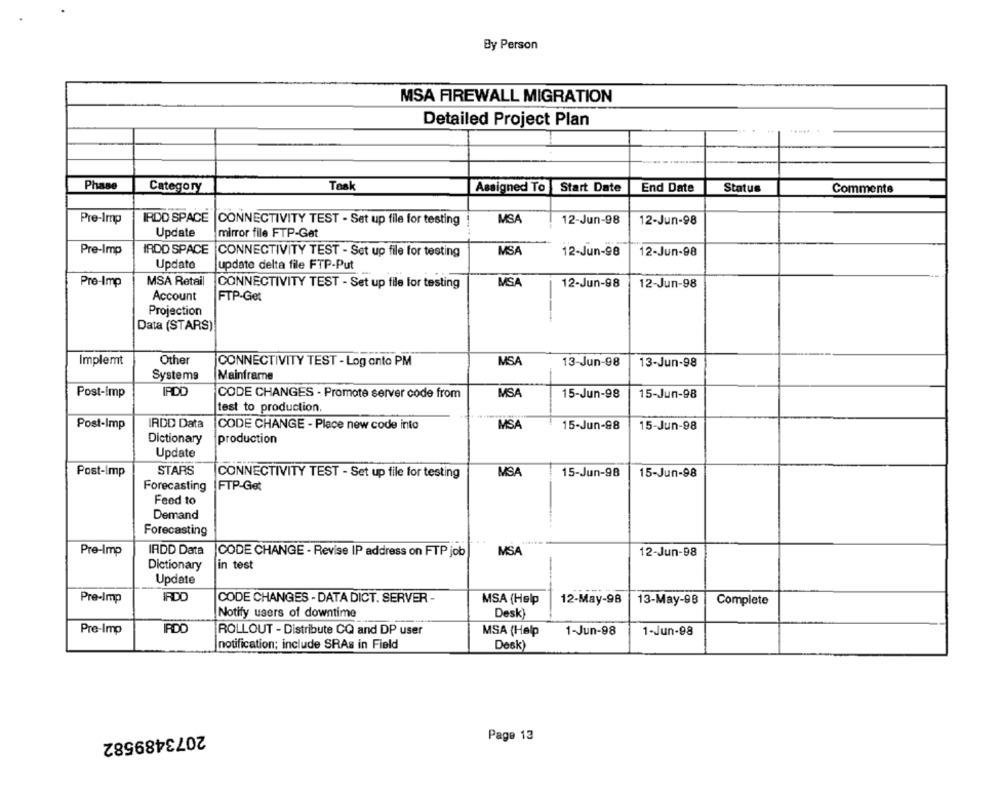
By Person
MSA FIREWALL MIGRATION
Detailed Project Plan
Phase
Category
Task
Assigned To Start Date
End Date
Status
Comments
Pre-Imp
IRDD SPACE CONNECTIVITY TEST - Set up file for testing
MSA
12-Jun-98
12-Jun-98
Update
mirror file FTP-Get
Pre-Imp
IRDD SPACE
CONNECTIVITY TEST - Set up file for testing
MSA
12-Jun-98
12-Jun-98
Update
update delta file FTP-Put
Pre-Imp
MSA Retail
CONNECTIVITY TEST - Set up file for testing
MSA
12-Jun-98
12-Jun-98
Account
FTP-Get
Projection
Data (STARS)
Implemt
Other
CONNECTIVITY TEST - Log onto PM
MSA
13-Jun-98
13-Jun-98
Systems
Mainframe
Post-Imp
IPDD
CODE CHANGES - Promote server code from
MSA
15-Jun-98
15-Jun-98
test to production.
Post-Imp
IRDD Data
CODE CHANGE - Place new code into
MSA
15-Jun-98
15-Jun-98
Dictionary
production
Update
Post-Imp
STARS
CONNECTIVITY TEST - Set up file for testing
MSA
15-Jun-98
15-Jun-98
Forecasting
FTP-Get
Feed to
Demand
Forecasting
Pre-Imp
IRDD Data
CODE CHANGE - Revise IP address on FTP job
MSA
12-Jun-98
Dictionary
fin test
Update
Pre-Imp
IROD
CODE CHANGES - DATA DICT. SERVER -
MSA (Help
12-May-98
13-May-98
Complete
Notify users of downtime
Desk)
Pre-Imp
ROLLOUT - Distribute CQ and DP user
MSA (Help
1-Jun-98
1-Jun-98
notification; include SRAs in Field
Desk)
2073489582
Page 13